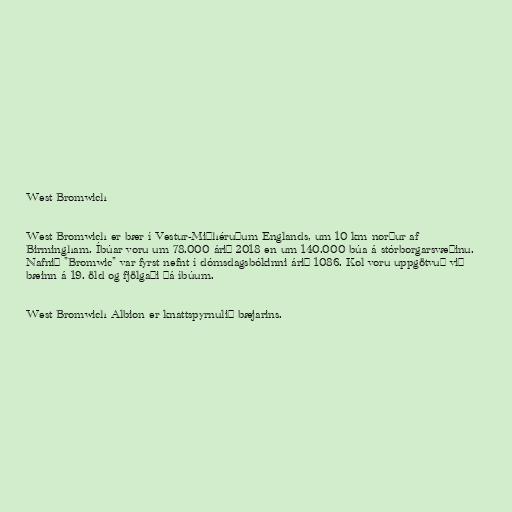
West Bromwich

West Bromwich er bær í Vestur-Miðhéruðum Englands, um 10 km norður af
Birmingham. Íbúar voru um 78.000 árið 2018 en um 140.000 búa á stórborgarsvæðinu.
Nafnið "Bromwic" var fyrst nefnt í dómsdagsbókinni árið 1086. Kol voru uppgötvuð við
bæinn á 19. öld og fjölgaði þá íbúum.

West Bromwich Albion er knattspyrnulið bæjarins.